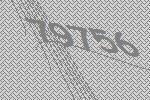
79756